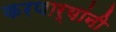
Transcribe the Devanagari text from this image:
करणार्‍यांनी